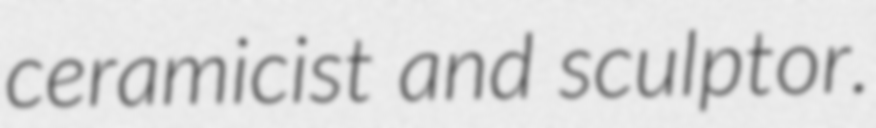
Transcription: ceramicist and sculptor.